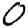
Digit: 0